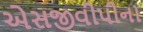
એસજીવીપીના